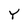
Character: Y